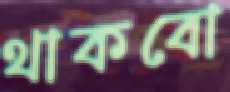
থাকবো